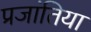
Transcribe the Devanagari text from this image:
प्रजांतिया